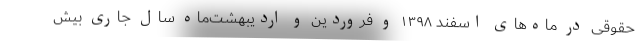
حقوقی در ماه‌های اسفند ۱۳۹۸ و فروردین و اردیبهشت‌ماه سال جاری بیش